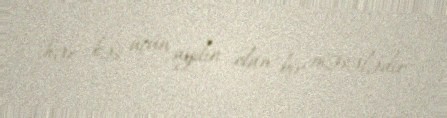
hər kəs üçün aydın olan bir məsələdir.